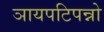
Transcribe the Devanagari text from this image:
ञायपटिपन्नो